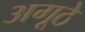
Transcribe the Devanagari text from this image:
अगूठे